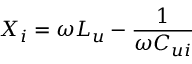
{ X _ { i } } = \omega { L _ { u } } - \frac { 1 } { { \omega { C _ { u i } } } }